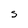
Character: S